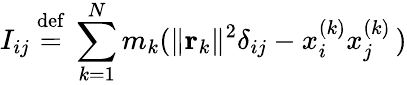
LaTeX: I_{ij}\ {\stackrel{\mathrm{def}}{=}}\ \sum_{k=1}^{N}m_{k}(\| \mathbf{r}_{k}\| ^{2}\delta_{ij}-x_{i}^{(k)}x_{j}^{(k)}\, )